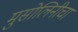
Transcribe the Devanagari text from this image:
मुसोलिनीचा